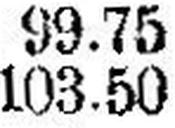
103.50